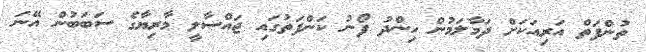
ތުންފަތް އަރިއަކަށް ދަމާލަމުން ހިންދު ފޯނު ކަންފަތުގައި ޖައްސާލީ މާރިޔާގެ ސަބަބުން އޭނަ